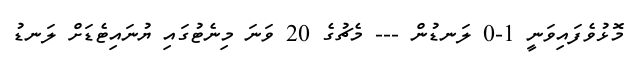
މޮޅުވެފައިވަނީ 1-0 ލަނޑުން --- މެޗުގެ 20 ވަނަ މިނެޓުގައި ޔުނައިޓެޑަށް ލަނޑު